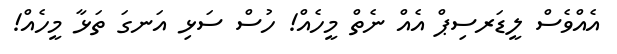
އެއްވެސް ލީޑަރސިޕް އެއް ނެތް މީހެއް! ހުސް ސަޅި އަނގަ ތަޅާ މީހެއް!